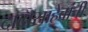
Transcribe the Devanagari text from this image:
दादासाहेबांची